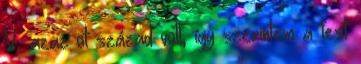
V, azaz öt század volt, így szerintem a test